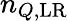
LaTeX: n_{Q,\mathrm{LR}}